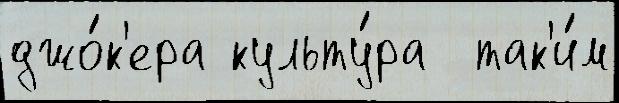
джо́к'ера культу́ра  так'и́м